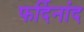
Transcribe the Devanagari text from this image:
फर्दिनांद